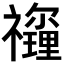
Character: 𥜡